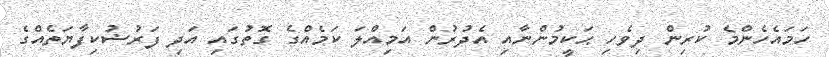
ހަމައެހެންމެ ކުރިން ދިވެހި ޙަކީމުންނާއި އެދުރުންް އަމިއްލަ ކަމެއްގެ ގޮތުގައި އަދި ފަރުޟުކިފާޔަތެއްގެ